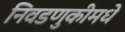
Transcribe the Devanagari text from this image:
निवडणुकीमधे